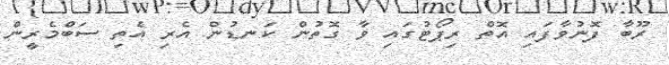
ރޫބާ ފޮނުވާފައި އޮތް ރިޕޯޓުގައި ވާ ގޮތުން ކަނޑުން އެރި އެތި ސަބްމެރީން